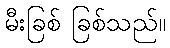
မီးခြစ် ခြစ်သည်။